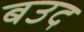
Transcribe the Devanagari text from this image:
बउद